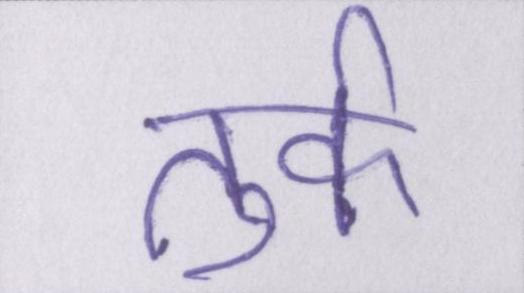
तुर्क